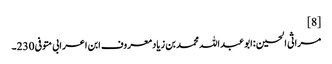
[8]
مراثی الحسین :ابو عبد اللہ محمد بن زیادمعروف ابن اعرابی متوفی 230۔